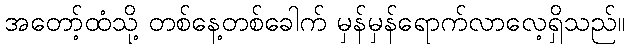
အတော့်ထံသို့ တစ်နေ့တစ်ခေါက် မှန်မှန်ရောက်လာလေ့ရှိသည်။